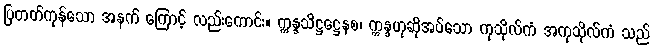
ပြတတ်ကုန်သော အနက် ကြောင့် လည်းကောင်း။ ဣန္ဒသိဋ္ဌဋ္ဌေနစ၊ ဣန္ဒဟုဆိုအပ်သော ကုသိုလ်ကံ အကုသိုလ်ကံ သည်